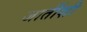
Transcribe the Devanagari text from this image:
जातींशी